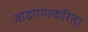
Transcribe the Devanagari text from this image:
वाढण्याकरिता